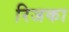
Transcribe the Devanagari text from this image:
रिजका